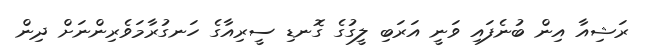
ރަޝިއާ އިން ބުނެފައި ވަނީ އަރަބި ލީގުގެ ގޮނޑި ސީރިއާގެ ހަނގުރާމަވެރިންނަށް ދިން